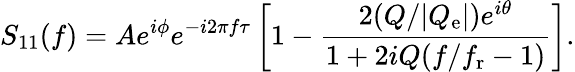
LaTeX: S_{11}(f)=Ae^{i\phi}e^{-i2\pi f\tau}\left[1-\frac{2(Q/|Q_{\mathrm{e}}|)e^{i\theta}}{1+2iQ(f/f_{\mathrm{r}}-1)}\right].